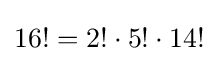
16!=2!\cdot 5!\cdot 14!